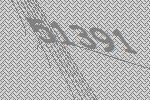
51391